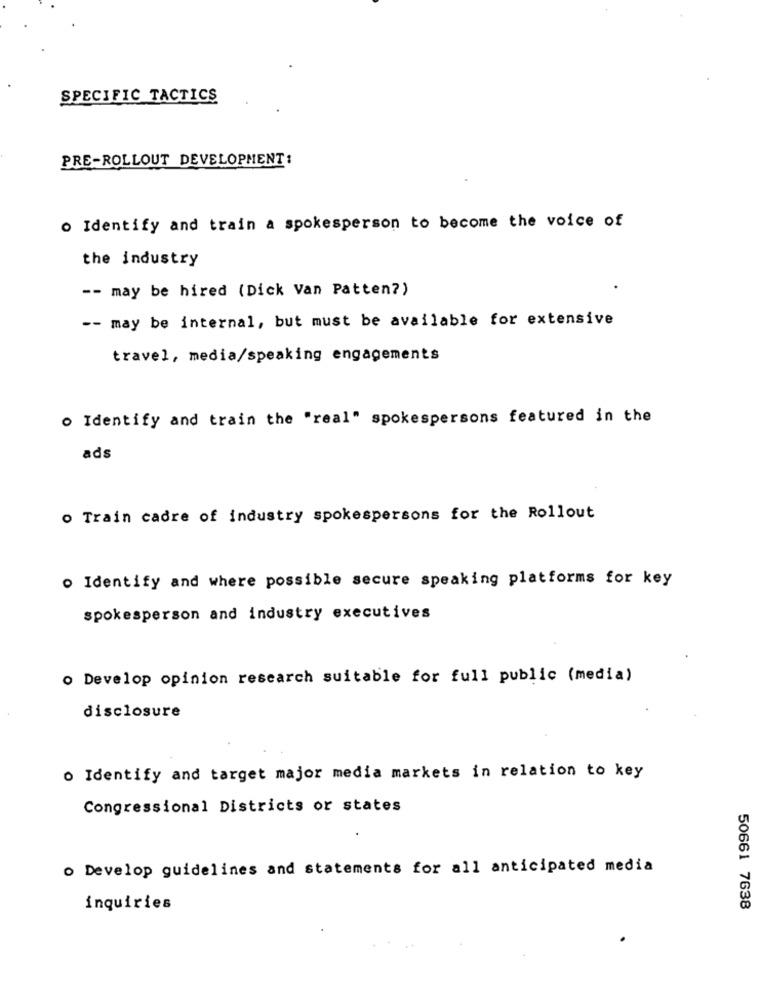
SPECIFIC TACTICS
PRE-ROLLOUT DEVELOPMENT:
o Identify and train a spokesperson to become the voice of
the industry
-- may be hired (Dick Van Patten?)
-- may be internal, but must be available for extensive
travel, media/speaking engagements
. Identify and train the "real" spokespersons featured in the
ads
o Train cadre of industry spokespersons for the Rollout
o Identify and where possible secure speaking platforms for key
spokesperson and industry executives
o Develop opinion research suitable for full public (media)
disclosure
o Identify and target major media markets in relation to key
Congressional Districts or states
o Develop guidelines and statements for all anticipated media
inquiries
50661 7638